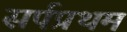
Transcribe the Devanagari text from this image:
सर्पप्रथम